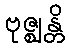
ဗုဇ္ဈန္တိ